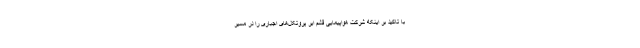
با تاکید بر اینکه شرکت هواپیمایی قشم ایر پروتکل‌های اجباری را در مسیر